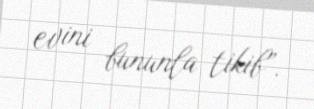
evini bununla tikib”.